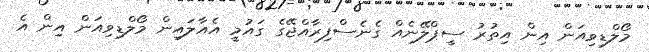
މޯލްޑިވިއަން އިން އިތުރު ސީޕްލޭނެއް ގެނެސްފިރާއްޖޭގެ ގައުމީ އެއާލައިން މޯލްޑިވިއަން އިން އެ